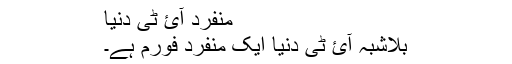
منفرد آئ ٹی دنیا
بلاشبہ آئ ٹی دنیا ایک منفرد فورم ہے۔